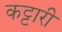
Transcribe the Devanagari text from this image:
कट्टारी